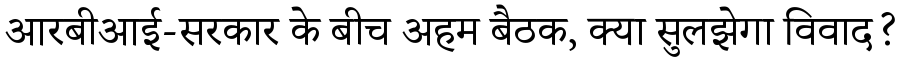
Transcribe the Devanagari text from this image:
आरबीआई-सरकार के बीच अहम बैठक, क्या सुलझेगा विवाद?